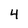
Character: 4